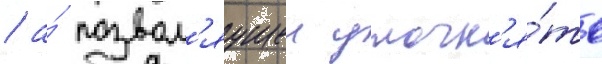
/ а́ позвол'яущеи уточн'я́ть